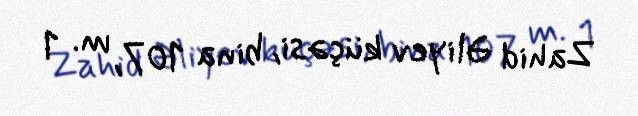
Zahid Əliyev küçəsi, bina 107, m. 1